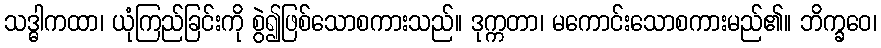
သဒ္ဓါကထာ၊ ယုံကြည်ခြင်းကို စွဲ၍ဖြစ်သောစကားသည်။ ဒုက္ကတာ၊ မကောင်းသောစကားမည်၏။ ဘိက္ခဝေ၊